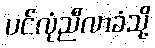
ပင်လုံညီလာခံသို့